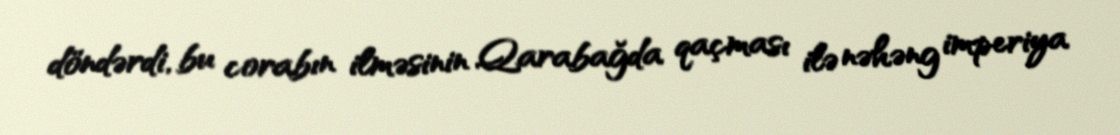
döndərdi, bu corabın ilməsinin Qarabağda qaçması ilə nəhəng imperiya